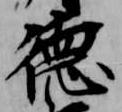
徳